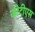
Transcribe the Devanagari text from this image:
जीटीएस